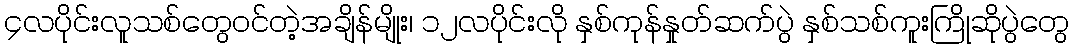
၄လပိုင်းလူသစ်တွေဝင်တဲ့အချိန်မျိုး၊ ၁၂လပိုင်းလို နှစ်ကုန်နှုတ်ဆက်ပွဲ နှစ်သစ်ကူးကြိုဆိုပွဲတွေ